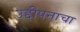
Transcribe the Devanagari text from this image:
उद्दीपनाचा